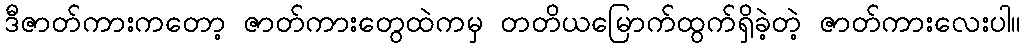
ဒီဇာတ်ကားကတော့ ဇာတ်ကားတွေထဲကမှ တတိယမြောက်ထွက်ရှိခဲ့တဲ့ ဇာတ်ကားလေးပါ။